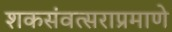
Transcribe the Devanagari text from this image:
शकसंवत्सराप्रमाणे